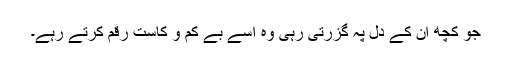
جو کچھ ان کے دل پہ گزرتی رہی وہ اسے بے کم و کاست رقم کرتے رہے۔